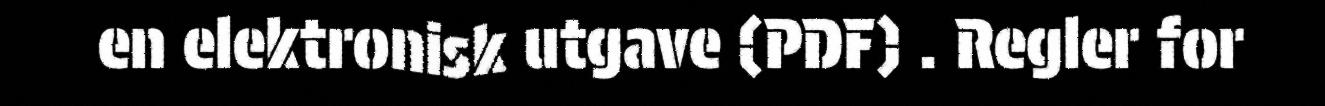
en elektronisk utgave (PDF) . Regler for